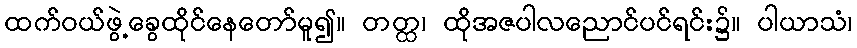
ထက်ဝယ်ဖွဲ့ခွေထိုင်နေတော်မူ၍။ တတ္ထ၊ ထိုအဇပါလညောင်ပင်ရင်း၌။ ပါယာသံ၊